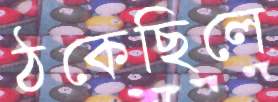
ঠকেছিলে